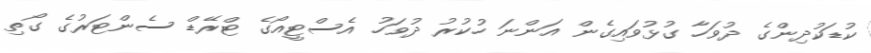
ކުޑަކުދިންގެ ދުވަހާ ގުޅުވައިގެން އަންނަ ހުކުރު ދުވަހު އެސްޓީއޯގެ ޓްރޭޑް ސެންޓަރުގެ ގޯތި